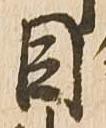
目